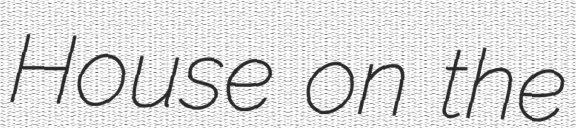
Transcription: House on the